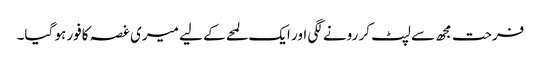
فرحت مجھ سے لپٹ کر رونے لگی اور ایک لمحے کے لیے میری غصہ کافور ہو گیا۔